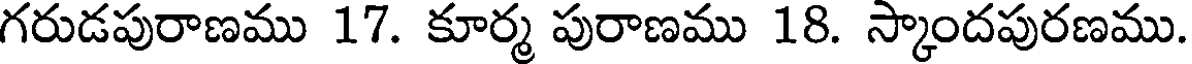
గరుడపురాణము 17. కూర్మ పురాణము 18. స్కాందపురణము.